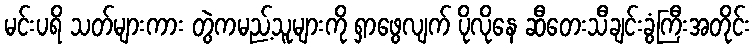
မင်းပရိ သတ်များကား တွဲကမည့်သူများကို ရှာဖွေလျက် ပိုလိုနေ ဆီတေးသီချင်းခွံကြီးအတိုင်း